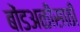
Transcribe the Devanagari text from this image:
बोंडअळीसाठी